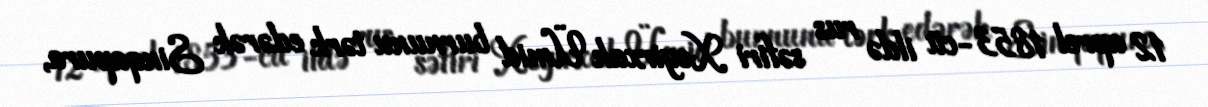
12 aprel 1853-cü ildə rus səfiri Xeyirxah Ümid burnunu tərk edərək Sinqapura,